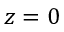
z = 0